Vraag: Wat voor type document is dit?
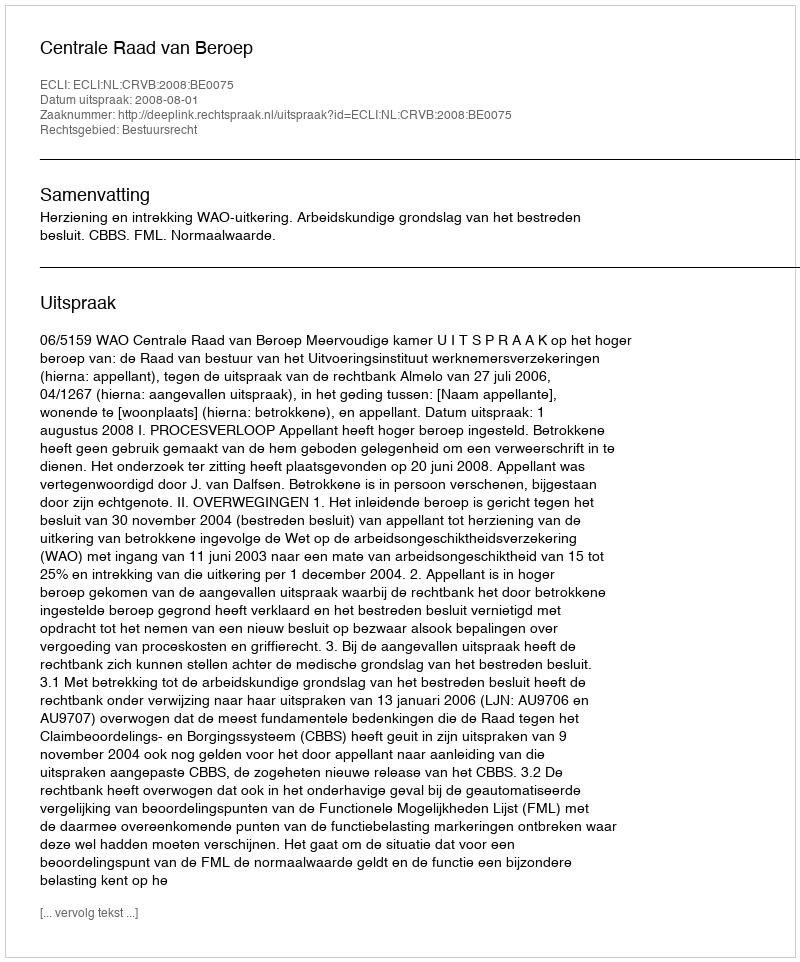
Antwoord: Uitspraak